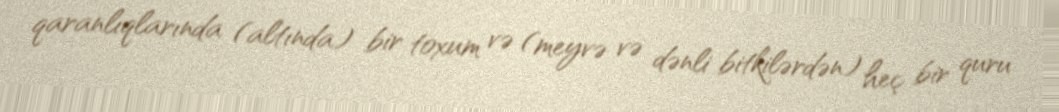
qaranlıqlarında (altında) bir toxum və (meyvə və dənli bitkilərdən) heç bir quru